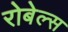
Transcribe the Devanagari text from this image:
रोबेल्स